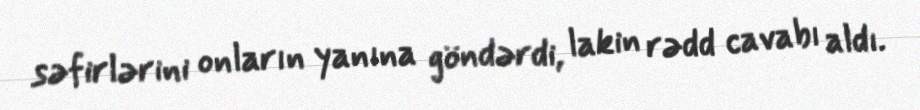
səfirlərini onların yanına göndərdi, lakin rədd cavabı aldı.